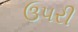
ઉ૫રી